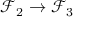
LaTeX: { \mathcal { F } } _ { 2 } \to { \mathcal { F } } _ { 3 }